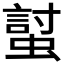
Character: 𧏛